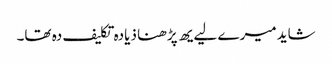
شاید میرے لیےیھ پڑھنا ذیادہ تکلیف دہ تھا۔